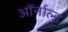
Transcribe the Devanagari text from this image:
ऑर्नाल्ड